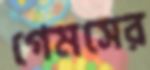
গেমসের